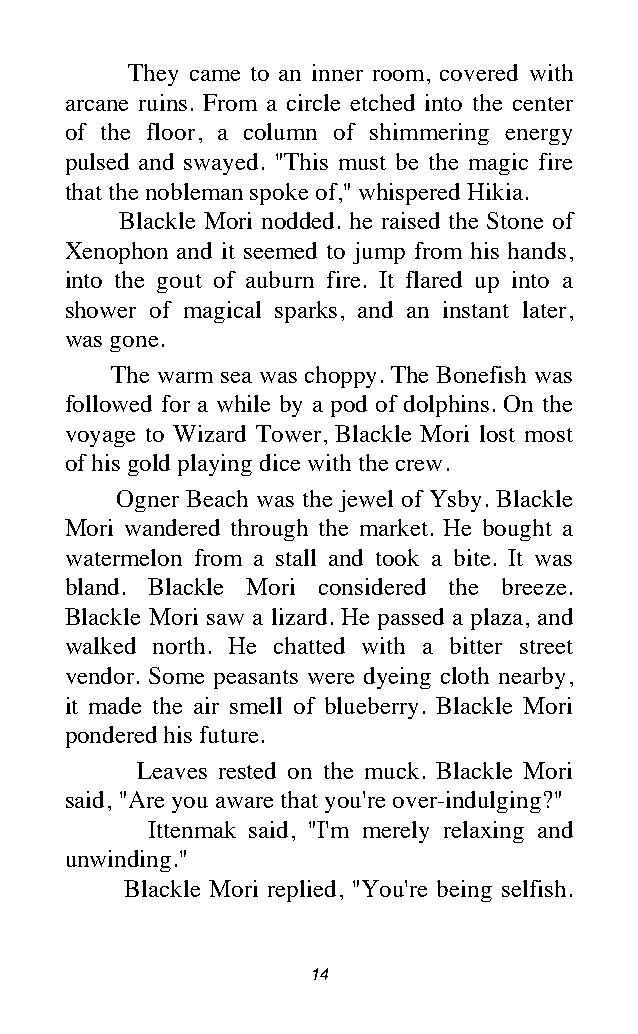
They came to an inner room, covered with
 arcane ruins. From a circle etched into the center
 of the floor, a column of shimmering energy
 pulsed and swayed. "This must be the magic fire
 that the nobleman spoke of," whispered Hikia.
 Blackle Mori nodded. he raised the Stone of
 Xenophon and it seemed to jump from his hands,
 into the gout of auburn fire. It flared up into a
 shower of magical sparks, and an instant later,
 was gone.
 The warm sea was choppy. The Bonefish was
 followed for a while by a pod of dolphins. On the
 voyage to Wizard Tower, Blackle Mori lost most
 of his gold playing dice with the crew.
 Ogner Beach was the jewel of Ysby. Blackle
 Mori wandered through the market. He bought a
 watermelon from a stall and took a bite. It was
 bland. Blackle Mori considered the breeze.
 Blackle Mori saw a lizard. He passed a plaza, and
 walked north. He chatted with a bitter street
 vendor. Some peasants were dyeing cloth nearby,
 it made the air smell of blueberry. Blackle Mori
 pondered his future.
 Leaves rested on the muck. Blackle Mori
 said, "Are you aware that you're over-indulging?"
 Ittenmak said, "I'm merely relaxing and
 unwinding."
 Blackle Mori replied, "You're being selfish.
 14